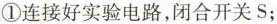
①连接好实验电路，闭合开关S；